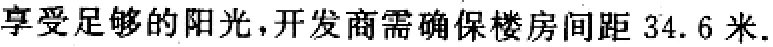
享受足够的阳光,开发商需确保楼房间距 34.6 米.